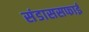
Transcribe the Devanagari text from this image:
संडाससफाई